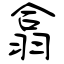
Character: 翕